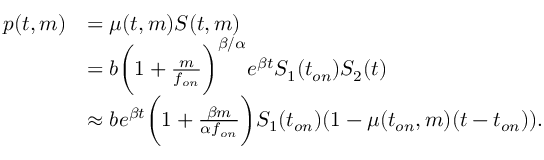
\begin{array} { r l } { p ( t , m ) } & { = \mu ( t , m ) S ( t , m ) } \\ & { = b \bigg ( 1 + \frac { m } { f _ { o n } } \bigg ) ^ { \beta / \alpha } e ^ { \beta t } S _ { 1 } ( t _ { o n } ) S _ { 2 } ( t ) } \\ & { \approx b e ^ { \beta t } \bigg ( 1 + \frac { \beta m } { \alpha f _ { o n } } \bigg ) S _ { 1 } ( t _ { o n } ) ( 1 - \mu ( t _ { o n } , m ) ( t - t _ { o n } ) ) . } \end{array}